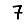
Digit: 7